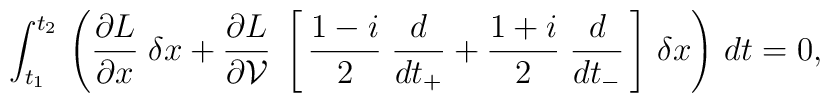
\int_{t_1}^{t_2}\, \left(  \frac{\partial L}{\partial x} \; \delta x +\frac{\partial L}{\partial {\cal V} }\; \left[ \, \frac{1-i}{2} \; \frac{d}{dt_{+}} + \frac{1+i}{2} \; \frac{d}{dt_{-}}\,\right] \,  \delta  x  \right) \, dt = 0,